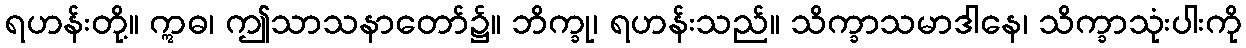
ရဟန်းတို့။ ဣဓ၊ ဤသာသနာတော်၌။ ဘိက္ခု၊ ရဟန်းသည်။ သိက္ခာသမာဒါနေ၊ သိက္ခာသုံးပါးကို